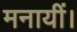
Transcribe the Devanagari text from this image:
मनायीं।